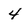
Character: 4